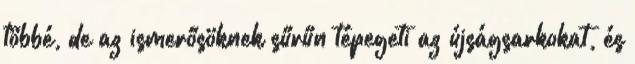
többé, de az ismerősöknek sűrűn tépegeti az újságsarkokat, és